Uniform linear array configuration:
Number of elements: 32
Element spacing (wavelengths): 0.75
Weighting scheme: kaiser
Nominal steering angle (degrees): -15
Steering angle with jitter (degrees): -13.087
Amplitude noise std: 0.05
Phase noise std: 0.05

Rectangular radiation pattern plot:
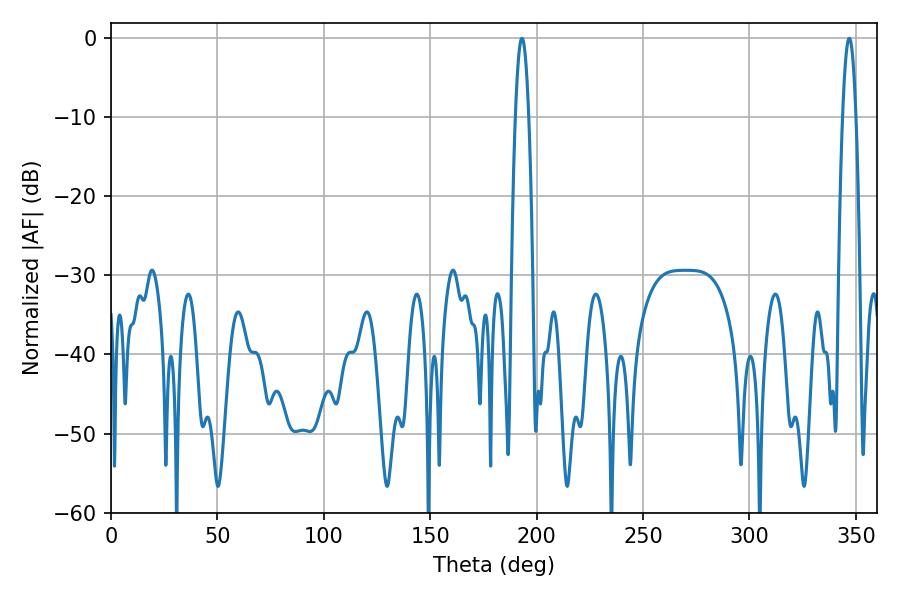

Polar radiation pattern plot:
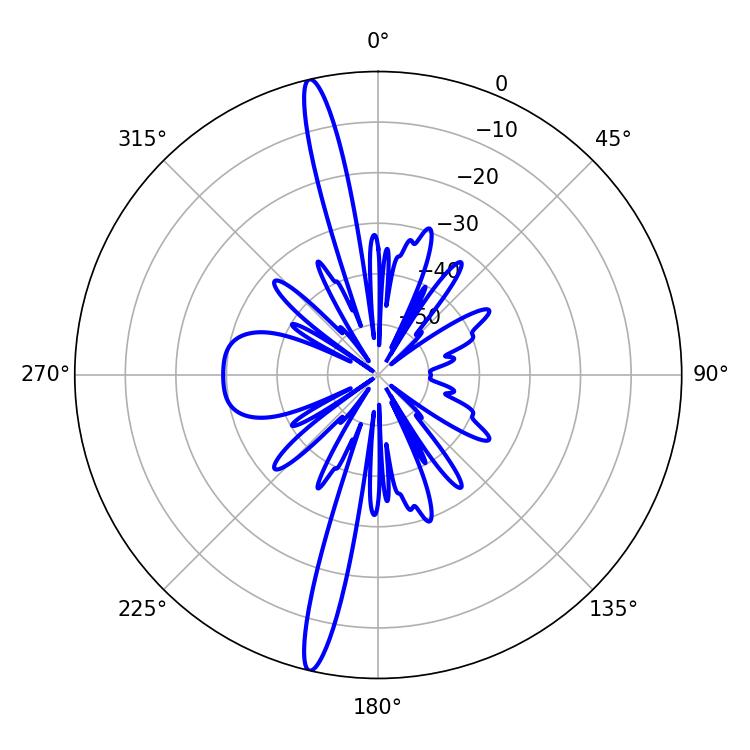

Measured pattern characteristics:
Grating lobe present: TRUE
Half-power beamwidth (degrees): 3.42
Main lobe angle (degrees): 193.14